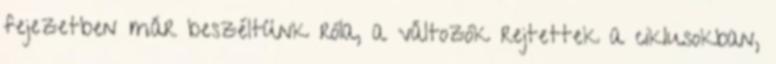
fejezetben már beszéltünk róla, a változók rejtettek a ciklusokban,